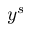
y ^ { s }